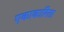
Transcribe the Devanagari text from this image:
एकाकारिता